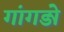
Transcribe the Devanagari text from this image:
गांगडोे